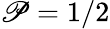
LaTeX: \mathscr{P}=1/2